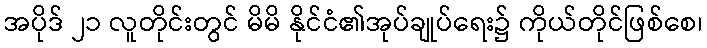
အပိုဒ် ၂၁ လူတိုင်းတွင် မိမိ နိုင်ငံ၏အုပ်ချုပ်ရေး၌ ကိုယ်တိုင်ဖြစ်စေ၊